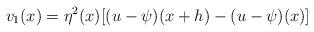
LaTeX: \begin{align*}v_{1}(x)= \eta^{2}(x) [(u-\psi)(x+h)-(u-\psi)(x)] \end{align*}